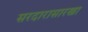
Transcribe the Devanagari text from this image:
सरदारासारखा